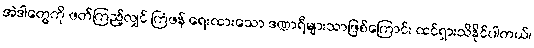
အဲဒါတွေကို ဖတ်ကြည့်လျှင် ကြံဖန် ရေးထားသော ဒဏ္ဍာရီများသာဖြစ်ကြောင်း ထင်ရှားသိနိုင်ပါတယ်၊